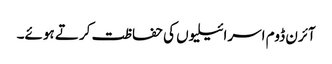
آئرن ڈوم اسرائیلیوں کی حفاظت کرتے ہوئے۔